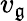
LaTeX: v_{\mathfrak{g}}